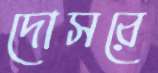
দোসরে